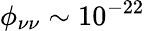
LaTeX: \phi_{\nu\nu}\sim 10^{-22}